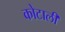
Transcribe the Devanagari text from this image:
कोटाली